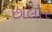
છાલોર